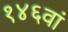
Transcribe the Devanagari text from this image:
१४६वां